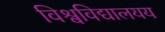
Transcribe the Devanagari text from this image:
विश्वविद्यालयय